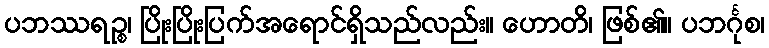
ပဘဿရဉ္စ၊ ပြိုးပြိုးပြက်အရောင်ရှိသည်လည်း။ ဟောတိ၊ ဖြစ်၏။ ပဘင်္ဂုစ၊